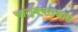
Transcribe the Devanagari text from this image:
चालुक्यराजास